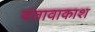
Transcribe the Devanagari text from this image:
दंतावाकाश